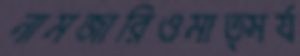
নামজারিওমাত্সর্য